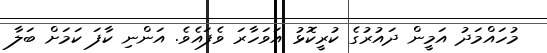
މުހައްމަދު އަމީން ދައުރުގެ ކުރީކޮޅު އަވަހާރަ ވެފައެވެ. އަންނި ކާފަ ކަމަށް ބަލާ